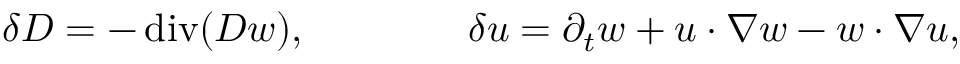
\delta D = - \operatorname { d i v } ( D w ) , \qquad \qquad \delta u = \partial _ { t } w + u \cdot \nabla w - w \cdot \nabla u ,